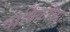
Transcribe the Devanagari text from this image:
वार्षिकीच्या